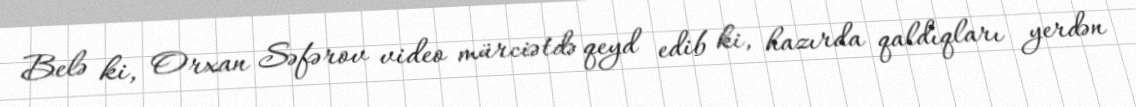
Belə ki, Orxan Səfərov video mürciətdə qeyd edib ki, hazırda qaldıqları yerdən